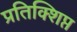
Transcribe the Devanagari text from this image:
प्रतिक्शिप्त